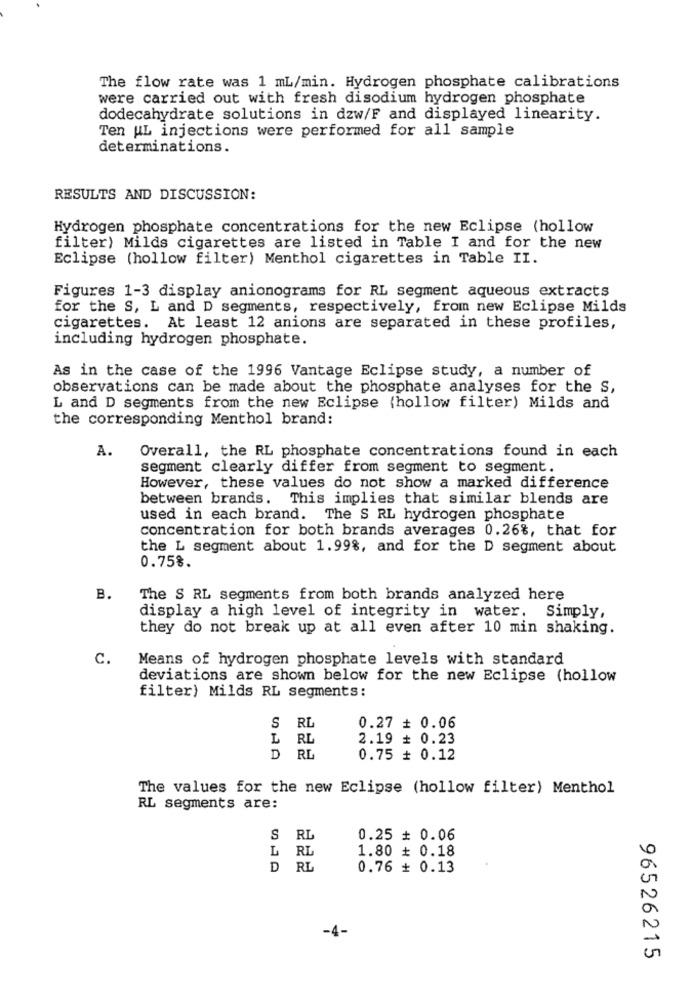
The flow rate was 1 mL/min. Hydrogen phosphate calibrations
were carried out with fresh disodium hydrogen phosphate
dodecahydrate solutions in dzw/F and displayed linearity.
Ten UL injections were performed for all sample
determinations.
RESULTS AND DISCUSSION:
Hydrogen phosphate concentrations for the new Eclipse (hollow
filter) Milds cigarettes are listed in Table I and for the new
Eclipse (hollow filter) Menthol cigarettes in Table II.
Figures 1-3 display anionograms for RL segment aqueous extracts
for the S, L and D segments, respectively, from new Eclipse Milds
cigarettes. At least 12 anions are separated in these profiles,
including hydrogen phosphate.
As in the case of the 1996 Vantage Eclipse study, a number of
observations can be made about the phosphate analyses for the S,
L and D segments from the new Eclipse (hollow filter) Milds and
the corresponding Menthol brand:
A.
Overall, the RL phosphate concentrations found in each
segment clearly differ from segment to segment.
However, these values do not show a marked difference
between brands. This implies that similar blends are
used in each brand. The S RL hydrogen phosphate
concentration for both brands averages 0.26%, that for
the L segment about 1.99%, and for the D segment about
0.75%.
B.
The S RL segments from both brands analyzed here
display a high level of integrity in water. Simply,
they do not break up at all even after 10 min shaking.
C.
Means of hydrogen phosphate levels with standard
deviations are shown below for the new Eclipse (hollow
filter) Milds RL segments:
S RL
0.27 + 0.06
L
RL
2.19 + 0.23
D
RL
0.75 + 0.12
The values for the new Eclipse (hollow filter) Menthol
RL segments are:
S
RL
0.25 + 0.06
L
RL
1.80 + 0.18
0
D
RL
0.76 + 0.13
0
-4-
96526215